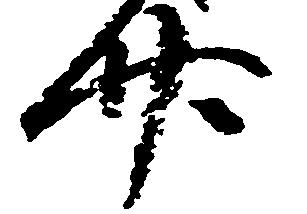
廿